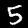
Label: 5